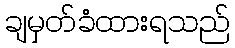
ချမှတ်ခံထားရသည်